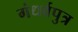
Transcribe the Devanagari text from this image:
गंधर्वपुत्र